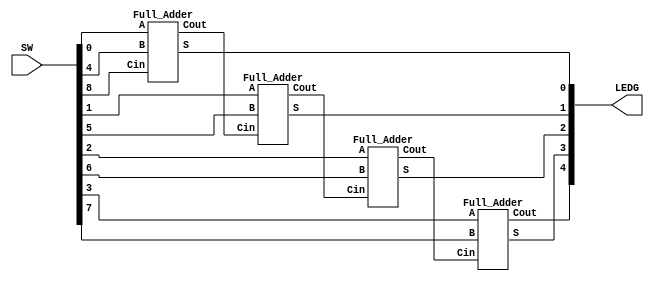
// Adder 4-bit

module top (SW, LEDG);

	input [8:0] SW;
	output [4:0] LEDG;
	wire [3:0]S;
	wire [4:0]C;
	assign C[0]=SW[8];
	Full_Adder F0(SW[0],SW[4],C[0],S[0],C[1]);
	Full_Adder F1(SW[1],SW[5],C[1],S[1],C[2]);
	Full_Adder F2(SW[2],SW[6],C[2],S[2],C[3]);
	Full_Adder F3(SW[3],SW[7],C[3],S[3],C[4]);
	assign LEDG[4:0]={C[4],S[3:0]};

endmodule


module Full_Adder(A, B, Cin, S, Cout);

input A,B,Cin;
output S,Cout;
assign {Cout,S} = A+B+Cin;

endmodule